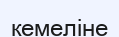
кемеліне